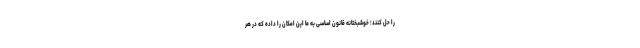
را حل کنند؛ خوشبختانه قانون اساسی به ما این امکان را داده که در هر